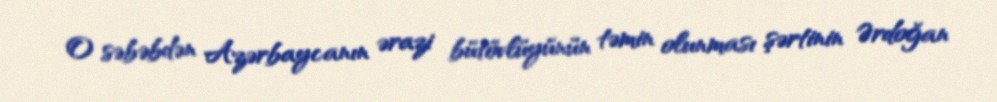
O səbəbdən Azərbaycanın ərazi bütövlüyünün təmin olunması şərtinin Ərdoğan